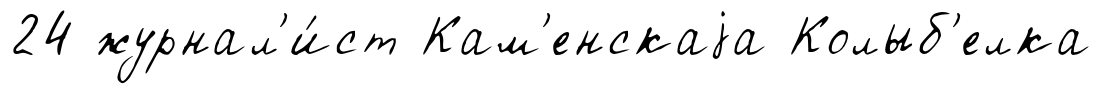
24 журнал'и́ст Кам'енскаjа Колыб'елка